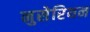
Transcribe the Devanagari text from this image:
नुसेरियन